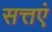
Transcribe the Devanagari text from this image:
सत्तएं